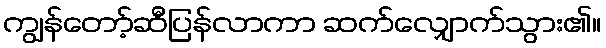
ကျွန်တော့်ဆီပြန်လာကာ ဆက်လျှောက်သွား၏။